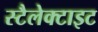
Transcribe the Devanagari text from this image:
स्टैलेक्टाइट